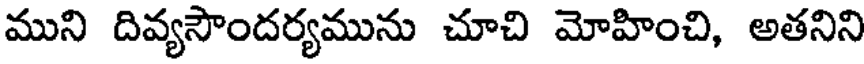
ముని దివ్యసౌందర్యమును చూచి మోహించి, అతనిని